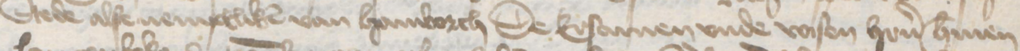
Stede alse nemptliken van Hamborch De Ersamen vnde vasten heren Hermen